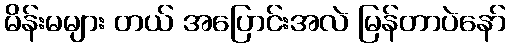
မိန်းမများ တယ် အပြောင်းအလဲ မြန်တာပဲနော်